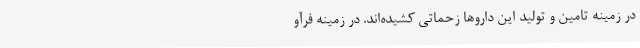
در زمینه تامین و تولید این داروها زحماتی کشیده‌اند. در زمینه فرآو